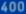
44600